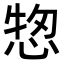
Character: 𢜓